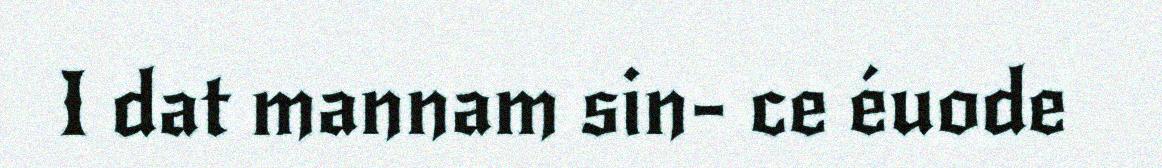
I dat mannam sin- ce éuode